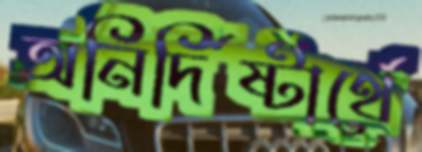
অনির্দিষ্টার্থে